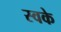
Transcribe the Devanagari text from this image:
स्वके